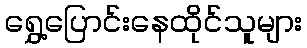
ရွှေ့ပြောင်းနေထိုင်သူများ